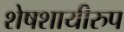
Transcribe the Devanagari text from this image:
शेषशायीरुप